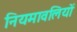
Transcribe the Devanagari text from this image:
नियमावलियों